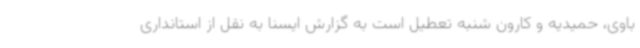
باوی، حمیدیه و کارون شنبه تعطیل است به گزارش ایسنا به نقل از استانداری